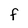
Character: F